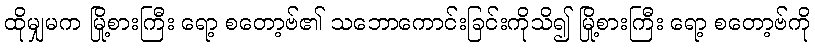
ထိုမျှမက မြို့စားကြီး ရော့ စတော့ဗ်၏ သဘောကောင်းခြင်းကိုသိ၍ မြို့စားကြီး ရော့ စတော့ဗ်ကို